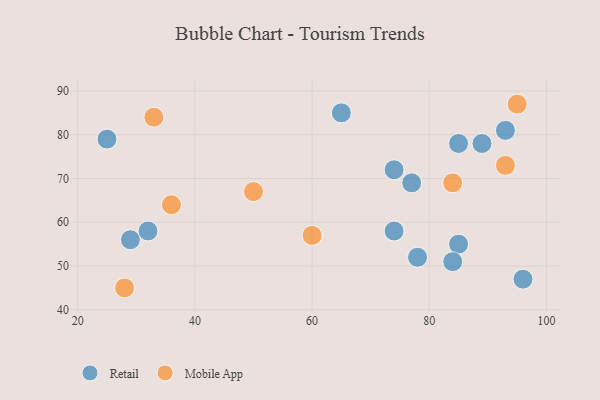
{"axis": {"x": "GDP", "y": "Life Expectancy"}, "legend": ["Mobile App", "Retail"], "data": [{"x": "78", "y": 52, "type": "Retail"}, {"x": "89", "y": 78, "type": "Retail"}, {"x": "77", "y": 69, "type": "Retail"}, {"x": "65", "y": 85, "type": "Retail"}, {"x": "25", "y": 79, "type": "Retail"}, {"x": "85", "y": 78, "type": "Retail"}, {"x": "85", "y": 55, "type": "Retail"}, {"x": "93", "y": 81, "type": "Retail"}, {"x": "29", "y": 56, "type": "Retail"}, {"x": "84", "y": 51, "type": "Retail"}, {"x": "74", "y": 72, "type": "Retail"}, {"x": "32", "y": 58, "type": "Retail"}, {"x": "74", "y": 58, "type": "Retail"}, {"x": "96", "y": 47, "type": "Retail"}, {"x": "84", "y": 69, "type": "Mobile App"}, {"x": "93", "y": 73, "type": "Mobile App"}, {"x": "33", "y": 84, "type": "Mobile App"}, {"x": "50", "y": 67, "type": "Mobile App"}, {"x": "28", "y": 45, "type": "Mobile App"}, {"x": "36", "y": 64, "type": "Mobile App"}, {"x": "95", "y": 87, "type": "Mobile App"}, {"x": "60", "y": 57, "type": "Mobile App"}]}